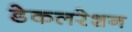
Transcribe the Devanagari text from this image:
डेकलरेशन